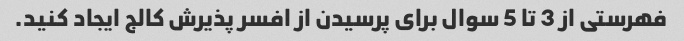
فهرستی از 3 تا 5 سوال برای پرسیدن از افسر پذیرش کالج ایجاد کنید.